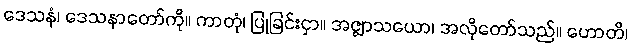
ဒေသနံ၊ ဒေသနာတော်ကို။ ကာတုံ၊ ပြုခြင်းငှာ။ အဇ္ဈာသယော၊ အလိုတော်သည်။ ဟောတိ၊